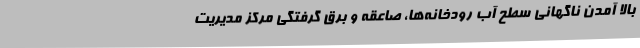
بالا آمدن ناگهانی سطح آب رودخانه‌ها، صاعقه و برق گرفتگی مرکز مدیریت